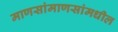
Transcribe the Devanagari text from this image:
माणसांमाणसांमधील